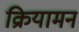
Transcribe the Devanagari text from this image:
क्रियामन